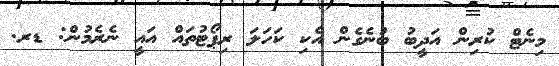
މިނެޓް ކުރިން އަދީބު ބުނެގެން އެކި ކަހަލަ ރިޕޯޓުތައް އައީ ނެރެމުން: ޑރ.